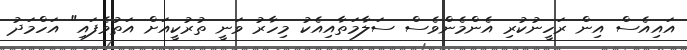
އައިއެސް އިން ރަހީނުކުރި އެންމެންވެސް ސަލާމަތާއިއެކު މިހާރު ވަނީ ތުރުކީއަށް އަތުވެފައި" އަހްމަދު